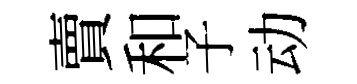
賣和子动